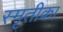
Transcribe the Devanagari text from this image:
स्मृतीका